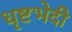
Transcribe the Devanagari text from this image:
धृष्टभेदी